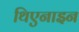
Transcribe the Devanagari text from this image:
थिएनाइन